Tezpur Lunatic Asylum reports 1877-1894 - 1877-1894
Year: 1877
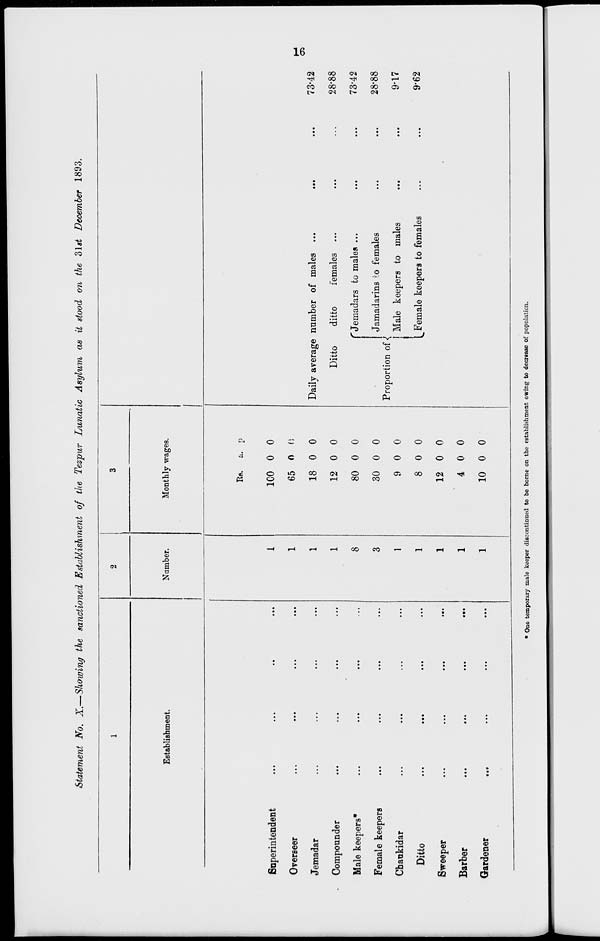
Statement No. X.—Showing the sanctioned Establishment of the Tezpur Lunatic Asylum as it stood on the 3lst December 1893.
Establishment,
Number.
Monthly wages.
Bnperintendent
Overseer
Jemadar
Compounder
Male keepers*
Female keepers
Chankidar
Ditto
Sweeper
Barber
Gardener
Rs. u. p
1
ICO 0 0
1
65 0 0
1
18 0 0
1
12 0 0
8
80 0 0
3
30 0 0
1
9 0 0
1
8 0 0
1
12 0 0
1
4 0 0
1
10 0 0
Daily average number of males ...
Ditto
ditto
females
f Jemadars to males ...
Jamadarins ^o females
J Male keepers to males
Female keepers to females
Proportion of {
I
73-42
28-88
7342
28-88
9-17
9-62
OS
• One temporary male keeper discontinued to be borne on the establishment owing to decrease of population.
—